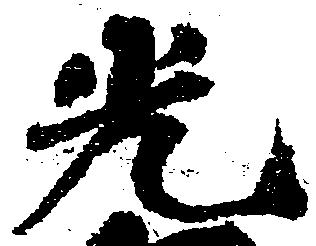
光